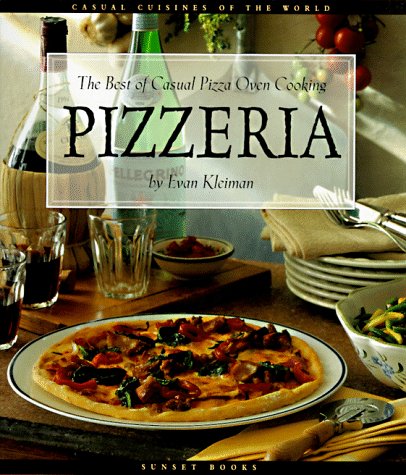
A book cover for Pizzeria: The Best of Casual Pizza Oven Cooking (Casual Cuisines of the World); Evan Kleiman; Cookbooks, Food & Wine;